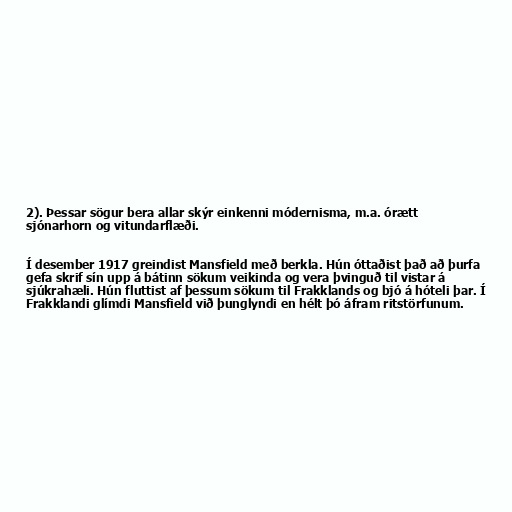
2). Þessar sögur bera allar skýr einkenni módernisma, m.a. órætt
sjónarhorn og vitundarflæði.

Í desember 1917 greindist Mansfield með berkla. Hún óttaðist það að þurfa
gefa skrif sín upp á bátinn sökum veikinda og vera þvinguð til vistar á
sjúkrahæli. Hún fluttist af þessum sökum til Frakklands og bjó á hóteli þar. Í
Frakklandi glímdi Mansfield við þunglyndi en hélt þó áfram ritstörfunum.